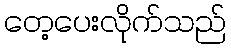
တေ့ပေးလိုက်သည်